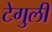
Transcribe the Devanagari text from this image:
टेगुली